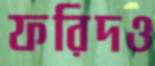
ফরিদও